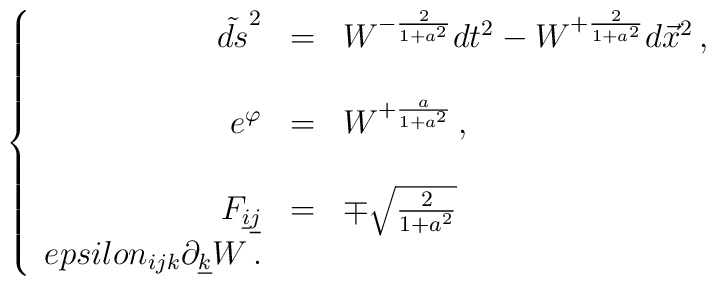
\left\{\begin{array}{rcl}\tilde{ds}^{2} & = & W^{-\frac{2}{1+a^{2}}} dt^{2}-W^{+\frac{2}{1+a^{2}}}d\vec{x}^{2}\, ,\\& &\\e^{\varphi} & = & W^{+\frac{a}{1+a^{2}}}\, ,\\& &\\F_{\underline{i}\underline{j}} & = & \mp\sqrt{\frac{2}{1+a^{2}}}\\epsilon_{ijk}\partial_{\underline{k}}W\, .\end{array}\right.